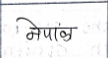
मजकूर: नेपाळ